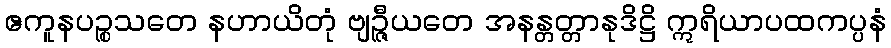
ဧကူနပဉ္စသတေ နဟာယိတုံ ဗျဉ္ဇီယတေ အနန္တတ္တာနုဒိဋ္ဌိ ဣရိယာပထကပ္ပနံ